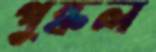
পুষ্কল